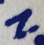
N